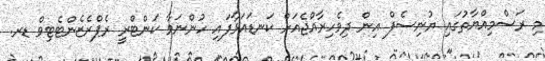
މި ރަސްމިއްޔާތުގައި ޔުނިސެފް އިން ދިވެހިރާއްޖެއަށް ކަނޑައަޅާފައި ހުންނަވާ ކަންޓްރީ ރެޕްރެޒެންޓެޓިވް ޑރ.